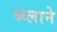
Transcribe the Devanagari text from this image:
ब्य्लाने